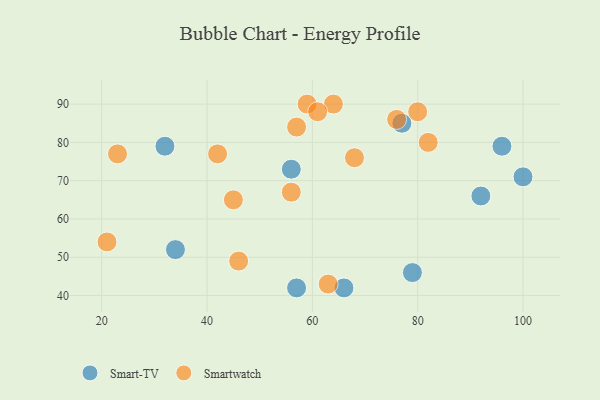
{"axis": {"x": "GDP", "y": "Life Expectancy"}, "legend": ["Smart-TV", "Smartwatch"], "data": [{"x": "34", "y": 52, "type": "Smart-TV"}, {"x": "32", "y": 79, "type": "Smart-TV"}, {"x": "100", "y": 71, "type": "Smart-TV"}, {"x": "57", "y": 42, "type": "Smart-TV"}, {"x": "79", "y": 46, "type": "Smart-TV"}, {"x": "66", "y": 42, "type": "Smart-TV"}, {"x": "56", "y": 73, "type": "Smart-TV"}, {"x": "92", "y": 66, "type": "Smart-TV"}, {"x": "96", "y": 79, "type": "Smart-TV"}, {"x": "77", "y": 85, "type": "Smart-TV"}, {"x": "42", "y": 77, "type": "Smartwatch"}, {"x": "63", "y": 43, "type": "Smartwatch"}, {"x": "82", "y": 80, "type": "Smartwatch"}, {"x": "23", "y": 77, "type": "Smartwatch"}, {"x": "68", "y": 76, "type": "Smartwatch"}, {"x": "57", "y": 84, "type": "Smartwatch"}, {"x": "46", "y": 49, "type": "Smartwatch"}, {"x": "80", "y": 88, "type": "Smartwatch"}, {"x": "21", "y": 54, "type": "Smartwatch"}, {"x": "45", "y": 65, "type": "Smartwatch"}, {"x": "59", "y": 90, "type": "Smartwatch"}, {"x": "56", "y": 67, "type": "Smartwatch"}, {"x": "76", "y": 86, "type": "Smartwatch"}, {"x": "64", "y": 90, "type": "Smartwatch"}, {"x": "61", "y": 88, "type": "Smartwatch"}]}